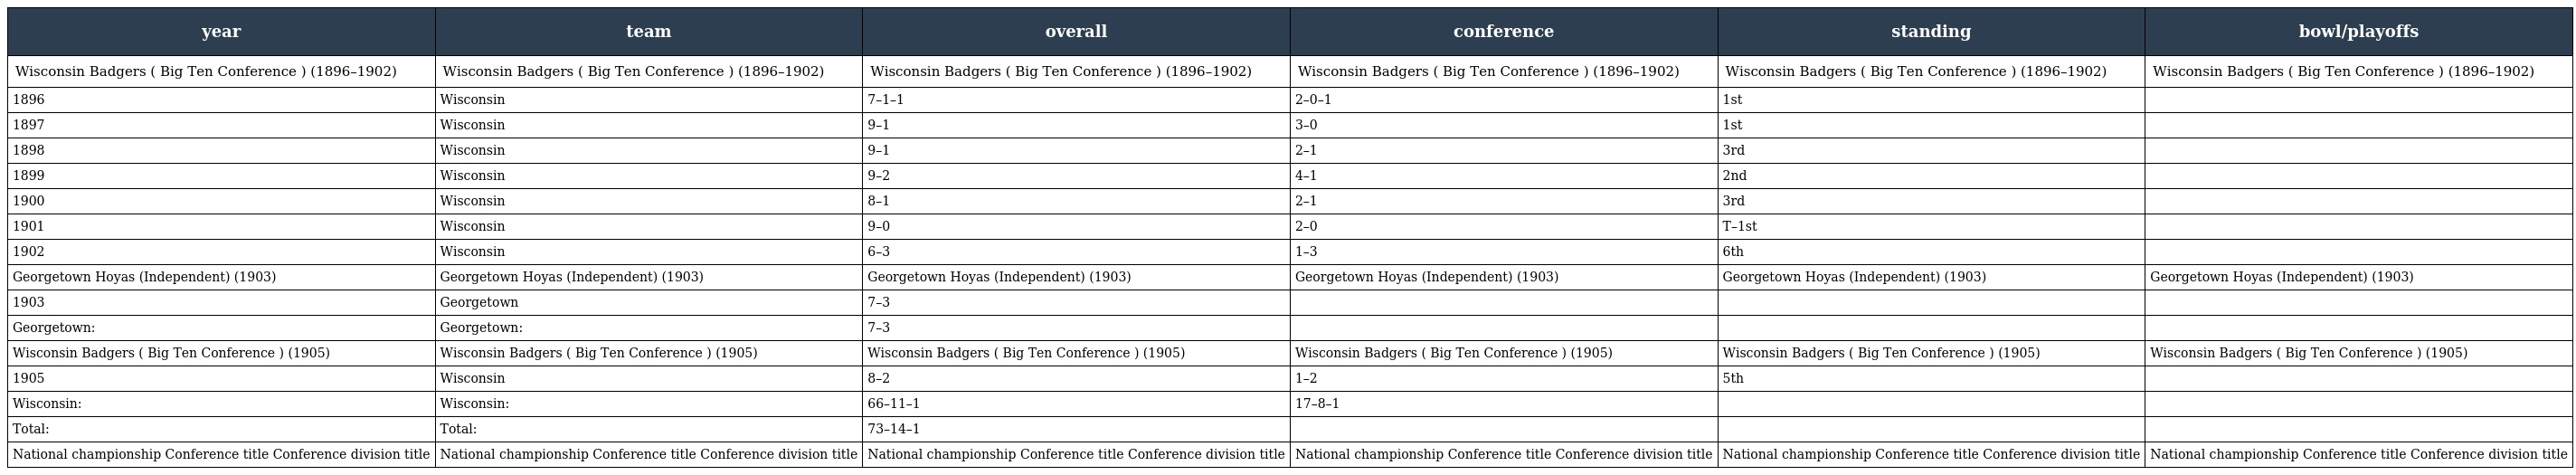
| year | team | overall | conference | standing | bowl/playoffs |
 | --- | --- | --- | --- | --- | --- |
 | Wisconsin Badgers ( Big Ten Conference ) (1896–1902) | Wisconsin Badgers ( Big Ten Conference ) (1896–1902) | Wisconsin Badgers ( Big Ten Conference ) (1896–1902) | Wisconsin Badgers ( Big Ten Conference ) (1896–1902) | Wisconsin Badgers ( Big Ten Conference ) (1896–1902) | Wisconsin Badgers ( Big Ten Conference ) (1896–1902) |
 | 1896 | Wisconsin | 7–1–1 | 2–0–1 | 1st |  |
 | 1897 | Wisconsin | 9–1 | 3–0 | 1st |  |
 | 1898 | Wisconsin | 9–1 | 2–1 | 3rd |  |
 | 1899 | Wisconsin | 9–2 | 4–1 | 2nd |  |
 | 1900 | Wisconsin | 8–1 | 2–1 | 3rd |  |
 | 1901 | Wisconsin | 9–0 | 2–0 | T–1st |  |
 | 1902 | Wisconsin | 6–3 | 1–3 | 6th |  |
 | Georgetown Hoyas (Independent) (1903) | Georgetown Hoyas (Independent) (1903) | Georgetown Hoyas (Independent) (1903) | Georgetown Hoyas (Independent) (1903) | Georgetown Hoyas (Independent) (1903) | Georgetown Hoyas (Independent) (1903) |
 | 1903 | Georgetown | 7–3 |  |  |  |
 | Georgetown: | Georgetown: | 7–3 |  |  |  |
 | Wisconsin Badgers ( Big Ten Conference ) (1905) | Wisconsin Badgers ( Big Ten Conference ) (1905) | Wisconsin Badgers ( Big Ten Conference ) (1905) | Wisconsin Badgers ( Big Ten Conference ) (1905) | Wisconsin Badgers ( Big Ten Conference ) (1905) | Wisconsin Badgers ( Big Ten Conference ) (1905) |
 | 1905 | Wisconsin | 8–2 | 1–2 | 5th |  |
 | Wisconsin: | Wisconsin: | 66–11–1 | 17–8–1 |  |  |
 | Total: | Total: | 73–14–1 |  |  |  |
 | National championship Conference title Conference division title | National championship Conference title Conference division title | National championship Conference title Conference division title | National championship Conference title Conference division title | National championship Conference title Conference division title | National championship Conference title Conference division title |